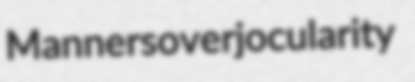
Manners overjocularity